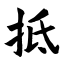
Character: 抵